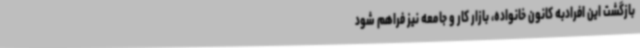
بازگشت این افرادبه کانون خانواده، بازار کار و جامعه نیز فراهم شود